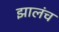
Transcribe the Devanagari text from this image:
झालंच